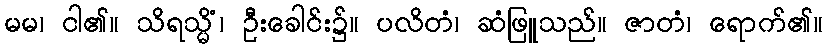
မမ၊ ငါ၏။ သိရသ္မိံ၊ ဦးခေါင်း၌။ ပလိတံ၊ ဆံဖြူသည်။ ဇာတံ၊ ရောက်၏။